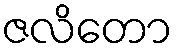
ဇလိတော